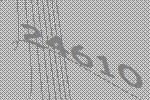
24610